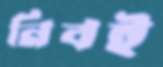
নিবই